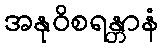
အနုဝိစရန္တာနံ